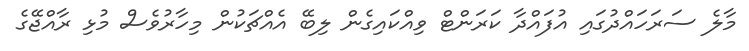
މާލެ ސަރަހައްދުގައި އުފައްދާ ކަރަންޓް ވިއްކައިގެން ލިބޭ އެއްޗަކުން މިހާރުވެސް މުޅި ރާއްޖޭގެ